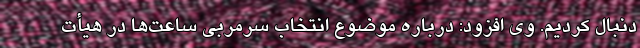
دنبال کردیم. وی افزود: درباره موضوع انتخاب سرمربی ساعت‌ها در هیأت